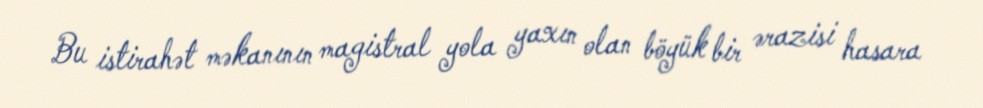
Bu istirahət məkanının magistral yola yaxın olan böyük bir ərazisi hasara